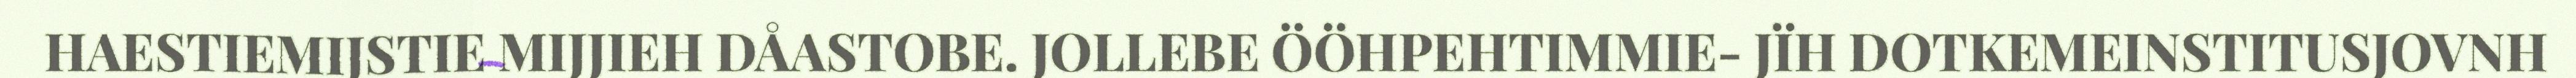
HAESTIEMIJSTIE MIJJIEH DÅASTOBE. JOLLEBE ÖÖHPEHTIMMIE- JÏH DOTKEMEINSTITUSJOVNH